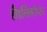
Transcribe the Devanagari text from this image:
हौइलिकॉप्टर